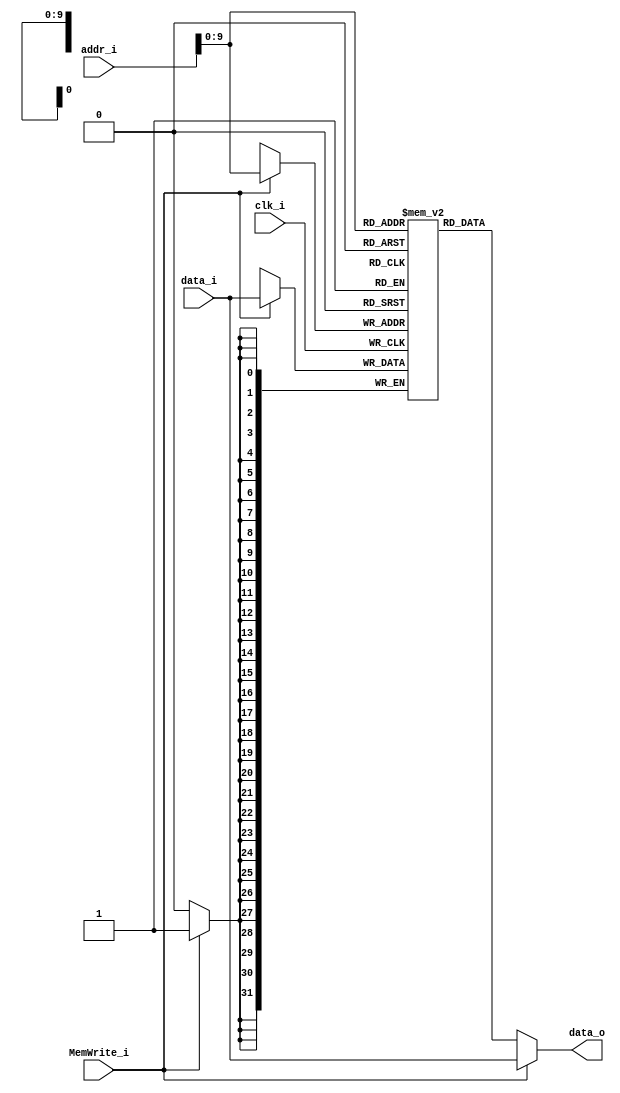
module Data_Memory
(
    clk_i, 

    addr_i, 
    MemWrite_i,
    data_i,
    data_o
);

// Interface
input               clk_i;
input   [31:0]      addr_i;
input               MemWrite_i;
input   [31:0]      data_i;
output  [31:0]      data_o;

// data memory
reg     [31:0]     memory  [0:1023];

assign  data_o = MemWrite_i? data_i : memory[addr_i];  

always @ (posedge clk_i) begin
    if (MemWrite_i) begin
        memory[addr_i] <= data_i;
    end
end

endmodule